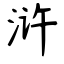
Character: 浒